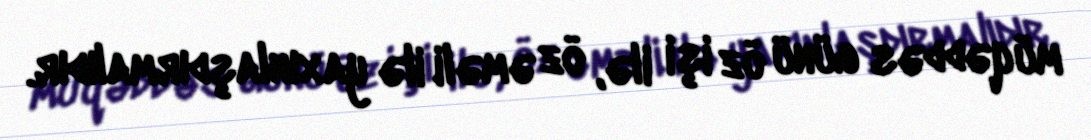
müqəddəs günü öz işi ilə, öz əməli ilə yaxınlaşdırmalıdır.